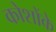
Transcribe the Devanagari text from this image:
कोशोंके